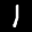
Label: 1